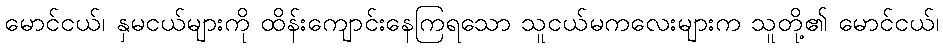
မောင်ငယ်၊ နှမငယ်များကို ထိန်းကျောင်းနေကြရသော သူငယ်မကလေးများက သူတို့၏ မောင်ငယ်၊